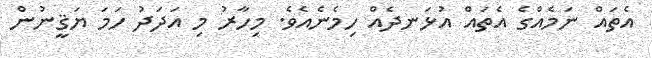
އެތައް ނަމެއްގެ އެތައް އުޅަނދެއް ހިމެނެއެވެ. މިހާރު މި އަދަދު ހަމަ ޔަޤީނުން